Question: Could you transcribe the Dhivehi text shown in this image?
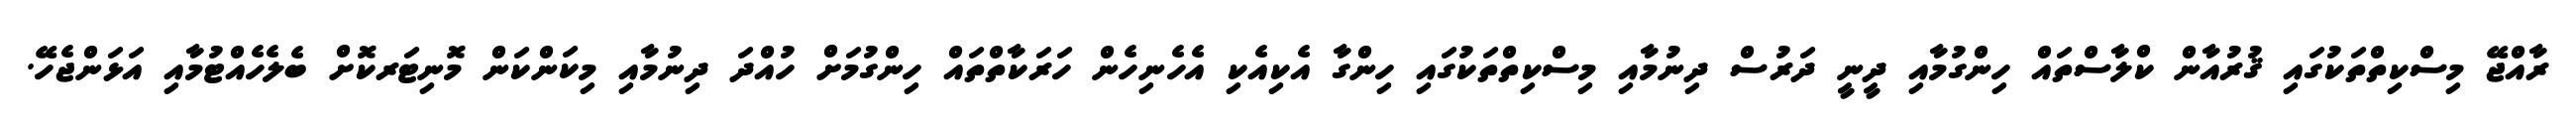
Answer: ރާއްޖޭ މިސްކިތްތަކުގައި ޤުރުއާން ކްލާސްތައް ހިންގުމާއި ދީނީ ދަރުސް ދިނުމާއި މިސްކިތްތަކުގައި ހިންގާ އެކިއެކި އެހެނިހެން ހަރަކާތްތައް ހިންގުމަށް ހުއްދަ ދިނުމާއި މިކަންކަން މޮނިޓަރކޮށް ބެލެހެއްޓުމާއި އަޅަންޖެހޭ.